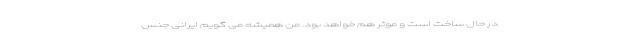
در حال ساخت است و موثر هم خواهد بود. من همیشه می گویم ایرانی جنس